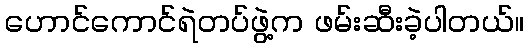
ဟောင်ကောင်ရဲတပ်ဖွဲ့က ဖမ်းဆီးခဲ့ပါတယ်။